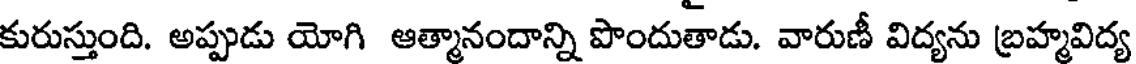
కురుస్తుంది. అప్పుడు యోగి ఆత్మానందాన్ని పొందుతాడు. వారుణీ విద్యను బ్రహ్మవిద్య